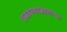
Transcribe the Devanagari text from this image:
राबवल्याजाणार्‍या